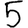
Digit: 5